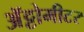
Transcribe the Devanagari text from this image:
अॅट्टोमीटर